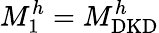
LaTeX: M_{1}^{h}=M_{\mathrm{DKD}}^{h}